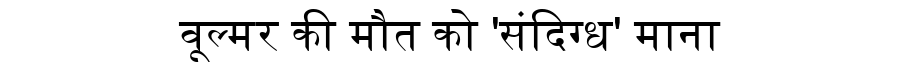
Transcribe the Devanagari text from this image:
वूल्मर की मौत को 'संदिग्ध' माना